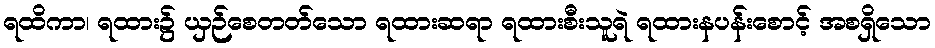
ရထိကာ၊ ရထား၌ ယှဉ်စေတတ်သော ရထားဆရာ ရထားစီးသူရဲ ရထားနပန်းစောင့် အစရှိသော